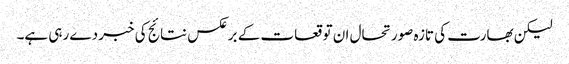
لیکن بھارت کی تازہ صورتحال ان توقعات کے برعکس نتائج کی خبر دے رہی ہے۔